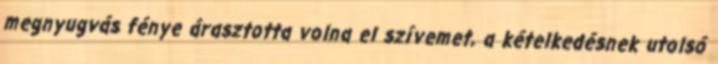
megnyugvás fénye árasztotta volna el szívemet, a kételkedésnek utolsó